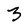
Character: 3